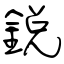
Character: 銳